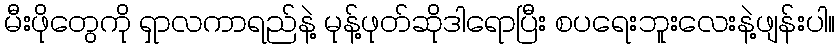
မီးဖိုတွေကို ရှာလကာရည်နဲ့ မုန့်ဖုတ်ဆိုဒါရောပြီး စပရေးဘူးလေးနဲ့ဖျန်းပါ။